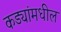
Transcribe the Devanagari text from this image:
कड्यांमधील